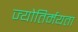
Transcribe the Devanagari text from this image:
ज्योतिर्मयता